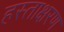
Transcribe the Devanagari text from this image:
हस्ताक्षरण